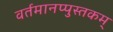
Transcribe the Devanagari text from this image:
वर्तमानप्पुस्तकम्